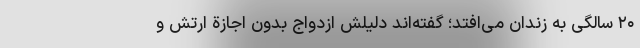
۲۰ سالگی به زندان می‌افتد؛ گفته‌اند دلیلش ازدواج بدون اجازة ارتش و